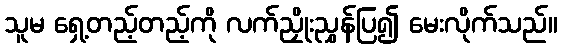
သူမ ရှေ့တည့်တည့်ကို လက်ညှိုးညွှန်ပြ၍ မေးလိုက်သည်။